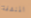
المنشفة